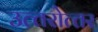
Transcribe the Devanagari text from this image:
उत्‍तरोत्‍तर